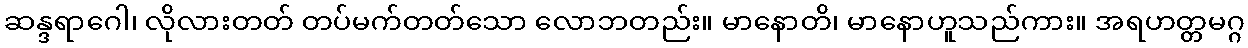
ဆန္ဒရာဂေါ၊ လိုလားတတ် တပ်မက်တတ်သော လောဘတည်း။ မာနောတိ၊ မာနောဟူသည်ကား။ အရဟတ္တမဂ္ဂ